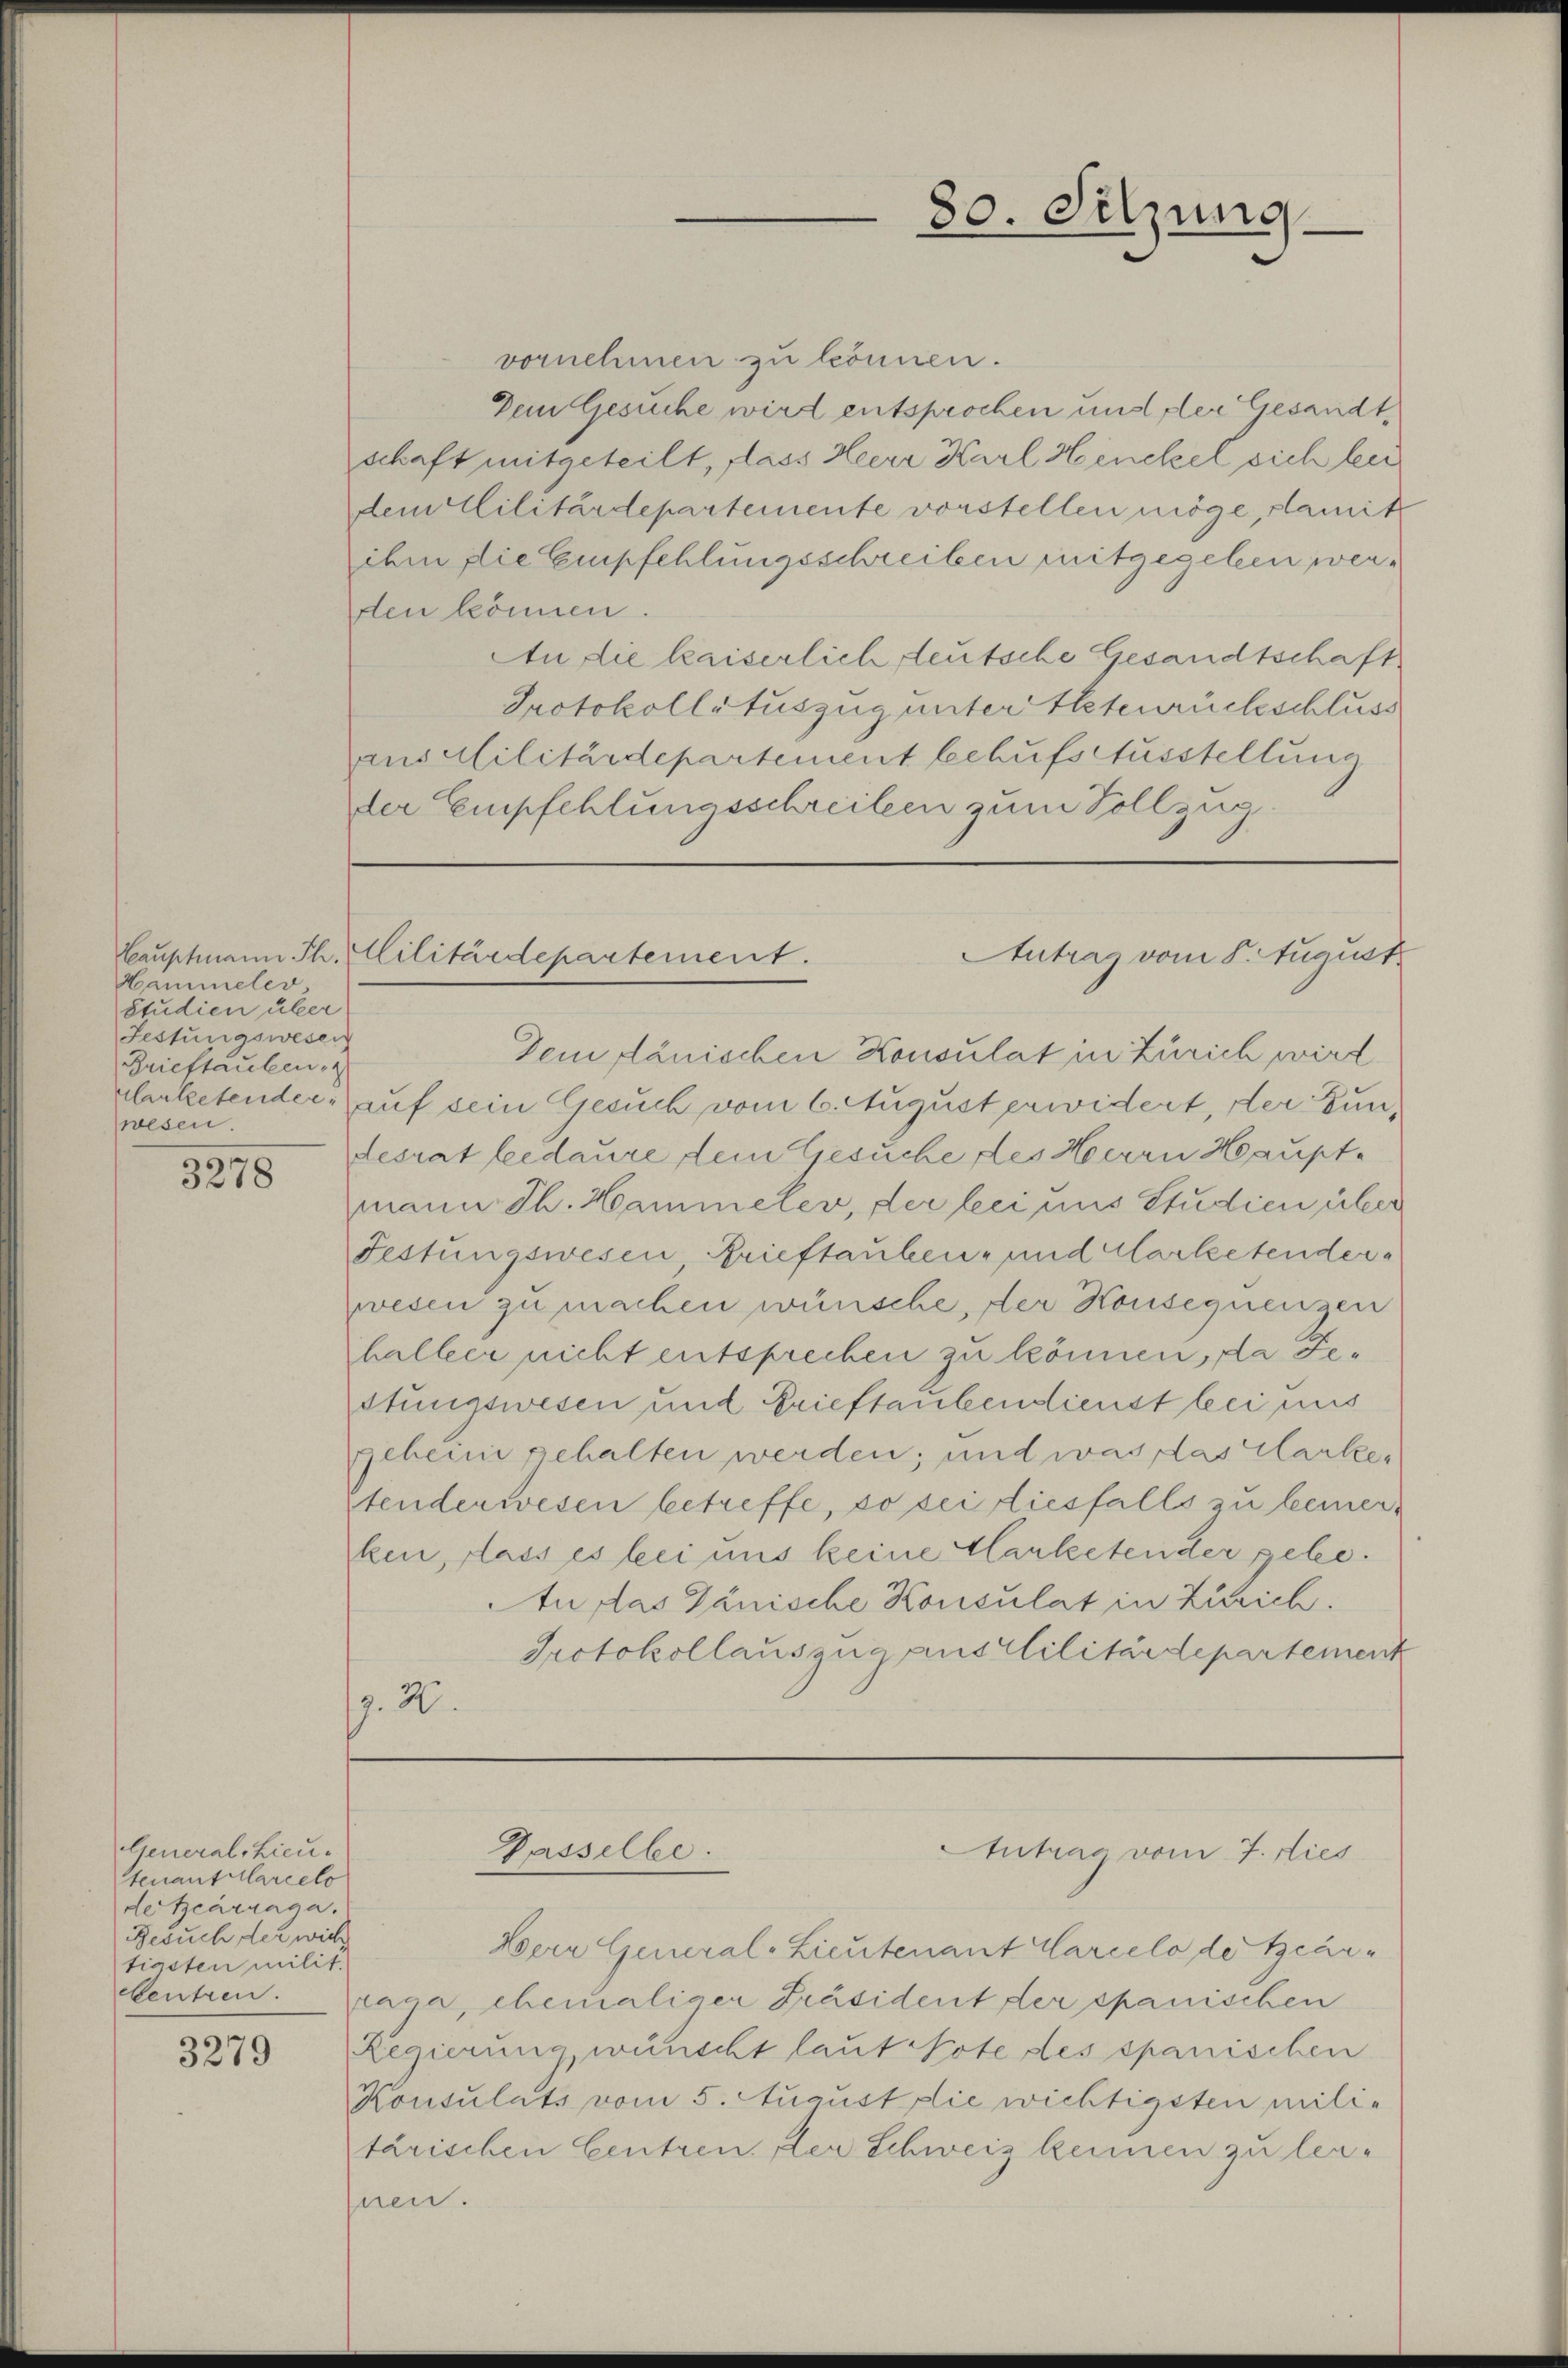
Hammeler
Studien über
Festungswesen
Brieftauben,
wesen.

3278

General-Lieutenantilarcelo
detcarraga.
Besuch der wich
tigsten milit.
3279

vornehmen zu können.
Dem Gesuche wird entsprochen und der Gesandtschaft mitgeteilt, dass Heerr Karl Henckel sich bei
dem Militärdepartemente vorstellen möge, damit
ihm die Empfehlungsschreiben mitgegeben werden können.
An die kaiserlich deutsche Gesandtschaft
Protokollatuszug unter Eheteurückschluss
ausalilitärdepartement behufs Ausstellung
der Empfehlungsschreiben zum Vollzug

80. Setzung

Hauptmann Th. Militärdepartement.
Antrag vom 5. August

Dem dänischen Konsulat in Zürich wird
lerketender, auf sein Gesuch vom 6. August prividert, der Zundesrat bedaure dem Gesuche des Herrn Hauptmann Th. Hammeler, der bei aus Studien über
Festungswesen Brieftauben- und Marketenderwesen zu machen wünsche, der Konsequenzen
halber nicht entsprechen zu können, da Festungswesen und Brieftaubendienst bei aus
geheim gehalten werden; und was das Marker
Stenderwesen betreffe, so sei diesfalls zu bemerken, dass es bei uns keine Marketen der gele¬
An das Gänische Konsulat in Zürich.
Protokollauszug aus Militärdepartement
p. 2.

Bern General-Lieutenant Marcelo der Bearcentren. Lana, ehemaliger Präsident der spanischen
Regierung wünscht laut Note des spanischen
Konsulats vom 5. August die wichtigsten militärischen Centreu, der Schweiz keinen zu lenhnen.

Passelbe.
Antrag vom 7. dies